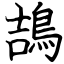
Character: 鴶